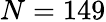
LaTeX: N=149